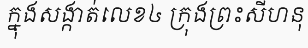
ក្នុងសង្កាត់លេខ៤ ក្រុងព្រះសីហនុ